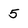
Character: 5